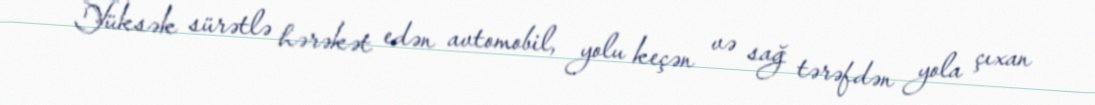
Yüksək sürətlə hərəkət edən avtomobil, yolu keçən və sağ tərəfdən yola çıxan